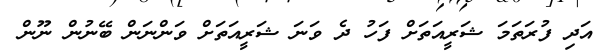
އަދި ފުރަތަމަ ޝަރީއަތަށް ފަހު ދެ ވަނަ ޝަރީއަތަށް ވަންނަން ބޭނުން ނޫން